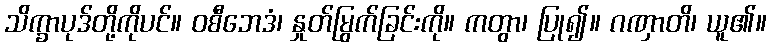
သိက္ခာပုဒ်တို့ကိုပင်။ ဝစီဘေဒံ၊ နှုတ်မြွက်ခြင်းကို။ ကတွာ၊ ပြု၍။ ဂဏှာတိ၊ ယူ၏။